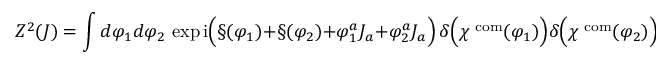
Z ^ { 2 } ( J ) = \int d \varphi _ { 1 } d \varphi _ { 2 } \, \exp \mathrm { i } \Bigl ( \S ( \varphi _ { 1 } ) + \S ( \varphi _ { 2 } ) + \varphi _ { 1 } ^ { a } J _ { a } + \varphi _ { 2 } ^ { a } J _ { a } \Bigr ) \, \delta \Bigl ( \chi ^ { \mathrm { \scriptsize ~ c o m } } ( \varphi _ { 1 } ) \Bigr ) \delta \Bigl ( \chi ^ { \mathrm { \scriptsize ~ c o m } } ( \varphi _ { 2 } ) \Bigr ) \; .